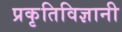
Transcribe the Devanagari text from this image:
प्रकृतिविज्ञानी